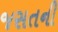
જસતની